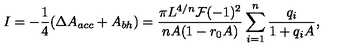
I = - { \frac { 1 } { 4 } } ( \Delta A _ { a c c } + A _ { b h } ) = { \frac { \pi L ^ { 4 / n } { \cal F } ( - 1 ) ^ { 2 } } { n A ( 1 - r _ { 0 } A ) } } \sum _ { i = 1 } ^ { n } { \frac { q _ { i } } { 1 + q _ { i } A } } ,